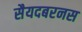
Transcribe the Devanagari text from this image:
सैयदबरनस